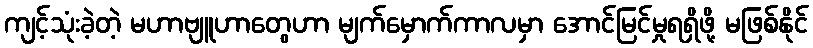
ကျင့်သုံးခဲ့တဲ့ မဟာဗျူဟာတွေဟာ မျက်မှောက်ကာလမှာ အောင်မြင်မှုရရှိဖို့ မဖြစ်နိုင်